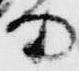
而